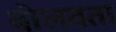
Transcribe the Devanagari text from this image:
बोलवता